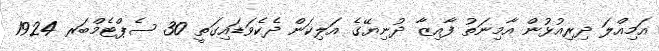
އަމިއްލަ ދިރިއުޅުން އާމިނަތު ފާއިޒާ ދުނިޔޭގެ އަލިކަން ދެކެވަޑައިގަތީ 30 ސެޕްޓެމްބަރ 1924